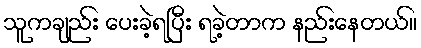
သူကချည်း ပေးခဲ့ရပြီး ရခဲ့တာက နည်းနေတယ်။